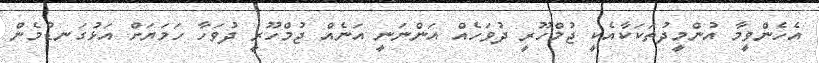
އެހެންވީމާ އުންމީދުތަކަކާއެކީ ޖުމްހޫރީ ދުވަހެއް އަންނަނީ އަނެއް ޖުމްހޫރީ ދުވަހާ ހަމަޔަށް އަޅުގަނޑުމެން